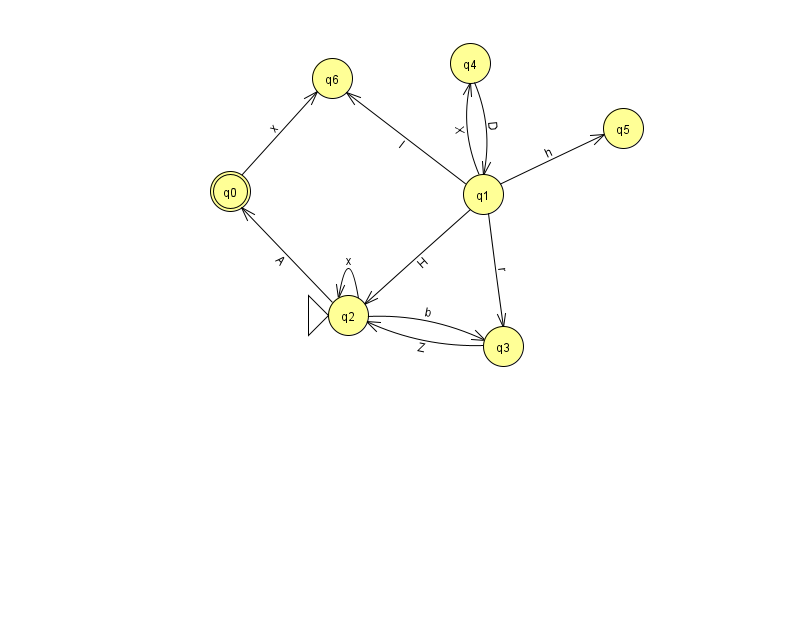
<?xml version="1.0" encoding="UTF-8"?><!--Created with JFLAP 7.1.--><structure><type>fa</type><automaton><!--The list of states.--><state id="0" name="q0"><x>230.0</x><y>178.0</y><final/></state><state id="1" name="q1"><x>483.0</x><y>181.0</y></state><state id="2" name="q2"><x>348.0</x><y>302.0</y><initial/></state><state id="3" name="q3"><x>503.0</x><y>333.0</y></state><state id="4" name="q4"><x>470.0</x><y>50.0</y></state><state id="5" name="q5"><x>623.0</x><y>115.0</y></state><state id="6" name="q6"><x>332.0</x><y>65.0</y></state><!--The list of transitions.--><transition><from>2</from><to>3</to><read>b</read></transition><transition><from>0</from><to>6</to><read>x</read></transition><transition><from>1</from><to>3</to><read>r</read></transition><transition><from>1</from><to>5</to><read>h</read></transition><transition><from>4</from><to>1</to><read>D</read></transition><transition><from>2</from><to>0</to><read>A</read></transition><transition><from>2</from><to>2</to><read>x</read></transition><transition><from>3</from><to>2</to><read>Z</read></transition><transition><from>1</from><to>4</to><read>X</read></transition><transition><from>1</from><to>2</to><read>H</read></transition><transition><from>1</from><to>6</to><read>I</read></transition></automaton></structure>